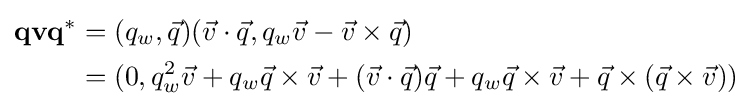
{\begin{aligned}\mathbf {qvq^{\ast }} &=(q_{w},{\vec {q}})({\vec {v}}\cdot {\vec {q}},q_{w}{\vec {v}}-{\vec {v}}\times {\vec {q}})\\&=(0,q_{w}^{2}{\vec {v}}+q_{w}{\vec {q}}\times {\vec {v}}+({\vec {v}}\cdot {\vec {q}}){\vec {q}}+q_{w}{\vec {q}}\times {\vec {v}}+{\vec {q}}\times ({\vec {q}}\times {\vec {v}}))\\\end{aligned}}